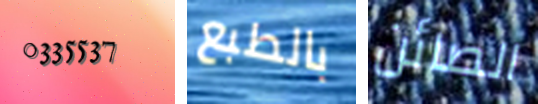
0335537 بالطبع الصائن